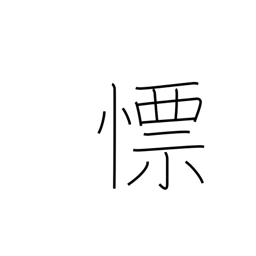
Meaning: quick